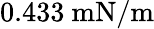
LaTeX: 0.433~\mathrm{mN/m}